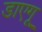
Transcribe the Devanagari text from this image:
डाएगू